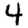
Digit: 4